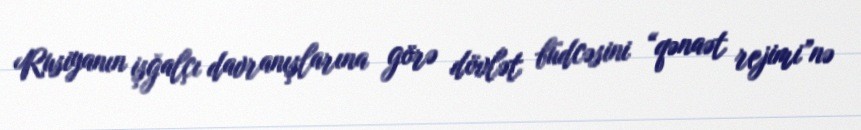
Rusiyanın işğalçı davranışlarına görə dövlət büdcəsini “qənaət rejimi”nə